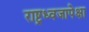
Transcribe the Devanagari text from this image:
राष्ट्रध्वजापेक्षा